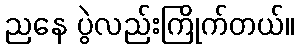
ညနေ ပွဲလည်းကြိုက်တယ်။